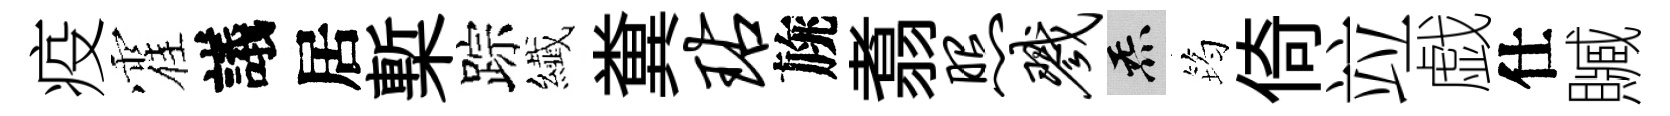
疫霍議居槧踪纎糞玷旐翥照戮炁筠倚竝戯仕贓